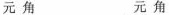
元 角 元 角